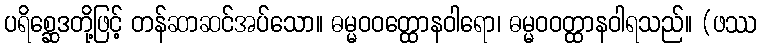
ပရိစ္ဆေဒတို့ဖြင့် တန်ဆာဆင်အပ်သော။ ဓမ္မဝဝတ္ထောနဝါရော၊ ဓမ္မဝဝတ္ထာနဝါရသည်။ (ဖဿ